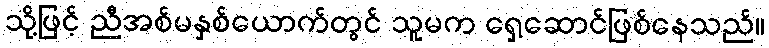
သို့ဖြင့် ညီအစ်မနှစ်ယောက်တွင် သူမက ရှေ့ဆောင်ဖြစ်နေသည်။